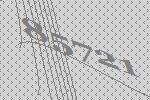
85721